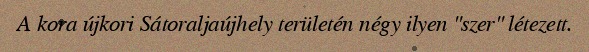
A kora újkori Sátoraljaújhely területén négy ilyen "szer" létezett.